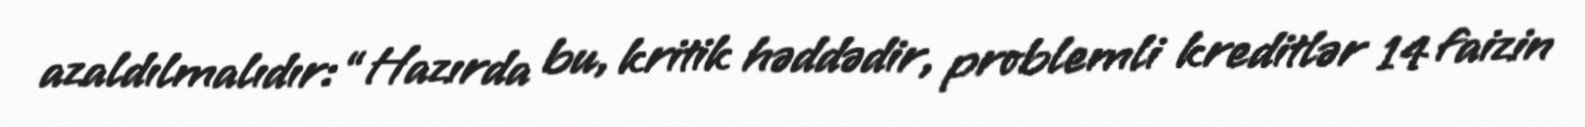
azaldılmalıdır: “Hazırda bu, kritik həddədir, problemli kreditlər 14 faizin